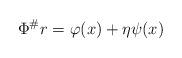
LaTeX: \begin{align*}\Phi^\# r = \varphi(x) + \eta \psi(x)\end{align*}